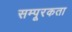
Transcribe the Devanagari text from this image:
सम्पूरकता